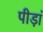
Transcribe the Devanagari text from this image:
पीड़ां